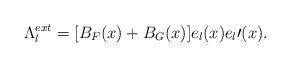
LaTeX: \begin{align*}\Lambda_l^{ext}=[B_F(x)+B_G(x)]e_l(x)e_l\prime(x).\end{align*}